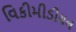
વિકીમીડીયન